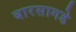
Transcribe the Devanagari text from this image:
बारसागडे